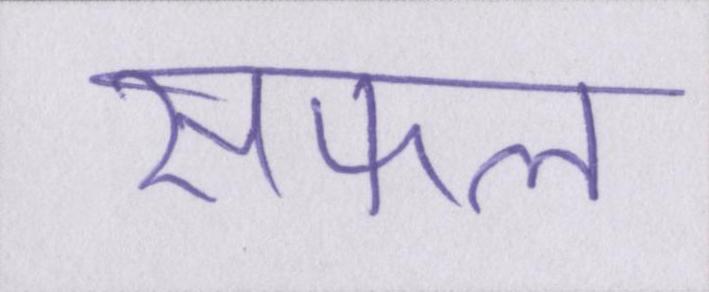
सफल